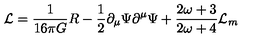
{ \cal L } = \frac { 1 } { 1 6 \pi G } R - \frac { 1 } { 2 } \partial _ { \mu } \Psi \partial ^ { \mu } \Psi + \frac { 2 \omega + 3 } { 2 \omega + 4 } { \cal L } _ { m }